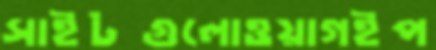
সাইটগুলোওয়াগইপ